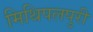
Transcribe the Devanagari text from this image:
मिथिपलपुरी